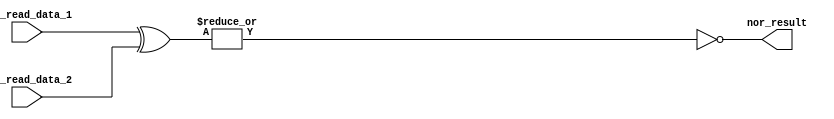
module XOR_NOR (
    input [31:0] reg_read_data_1, reg_read_data_2,
    output nor_result
);
    wire [31:0] xor_result;

    assign xor_result = reg_read_data_1 ^ reg_read_data_2;

    assign nor_result = ~( | xor_result);

endmodule